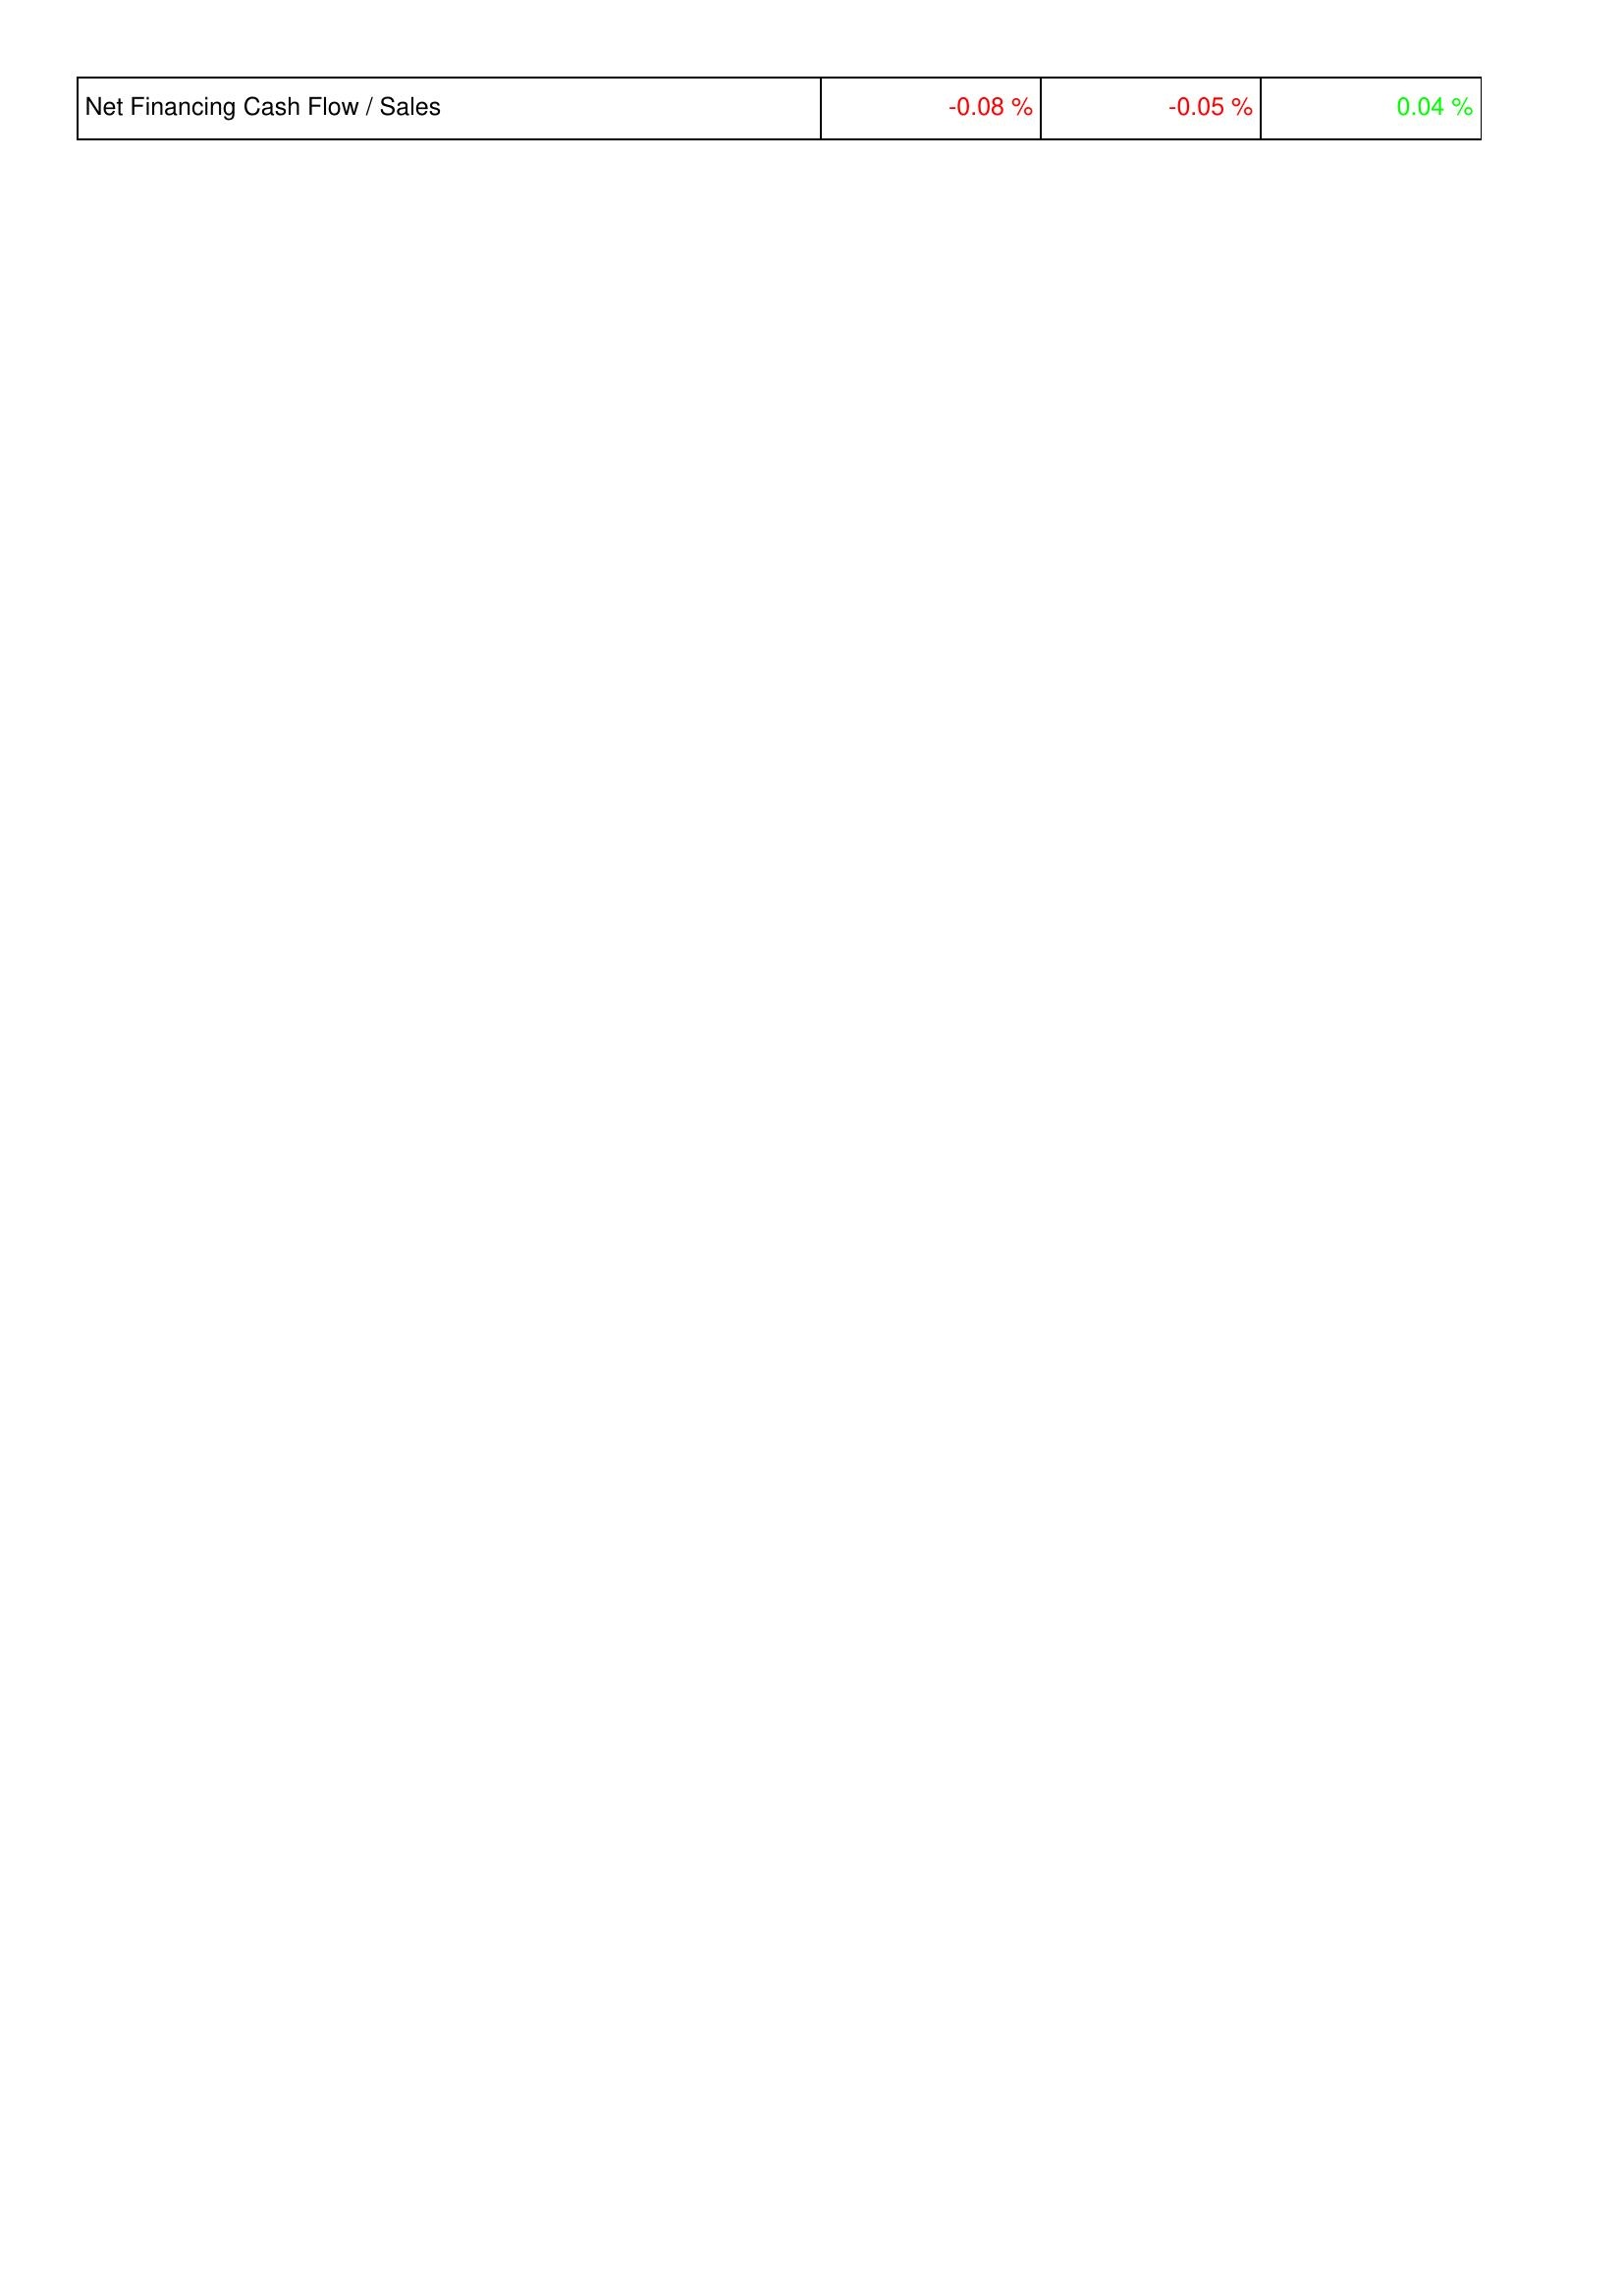
2022: Financing Activities: Net Financing Cash Flow / Sales: -0.08 %
2021: Financing Activities: Net Financing Cash Flow / Sales: -0.05 %
2020: Financing Activities: Net Financing Cash Flow / Sales: 0.04 %